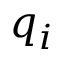
q _ { i }